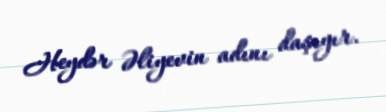
Heydər Əliyevin adını daşıyır.